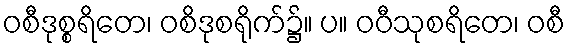
ဝစီဒုစ္စရိတေ၊ ဝစိဒုစရိုက်၌။ ပ။ ဝဝီသုစရိတေ၊ ဝစီ